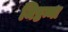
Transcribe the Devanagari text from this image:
मिष्ठन्ना